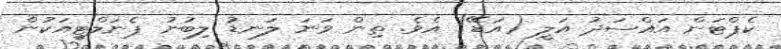
ކެޕްޓަން އައްސަދު އަލީ (އަޑޭ) އެވެ. ތިން ވަނަ ލަނޑު ލިބުނު ޕެނަލްޓީއަކުން